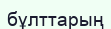
бұлттарың